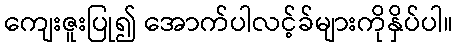
ကျေးဇူးပြု၍ အောက်ပါလင့်ခ်များကိုနှိပ်ပါ။